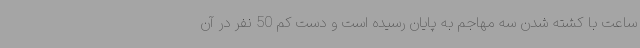
ساعت با کشته شدن سه مهاجم به پایان رسیده است و دست کم 50 نفر در آن